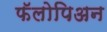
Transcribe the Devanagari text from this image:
फॅलोपिअन